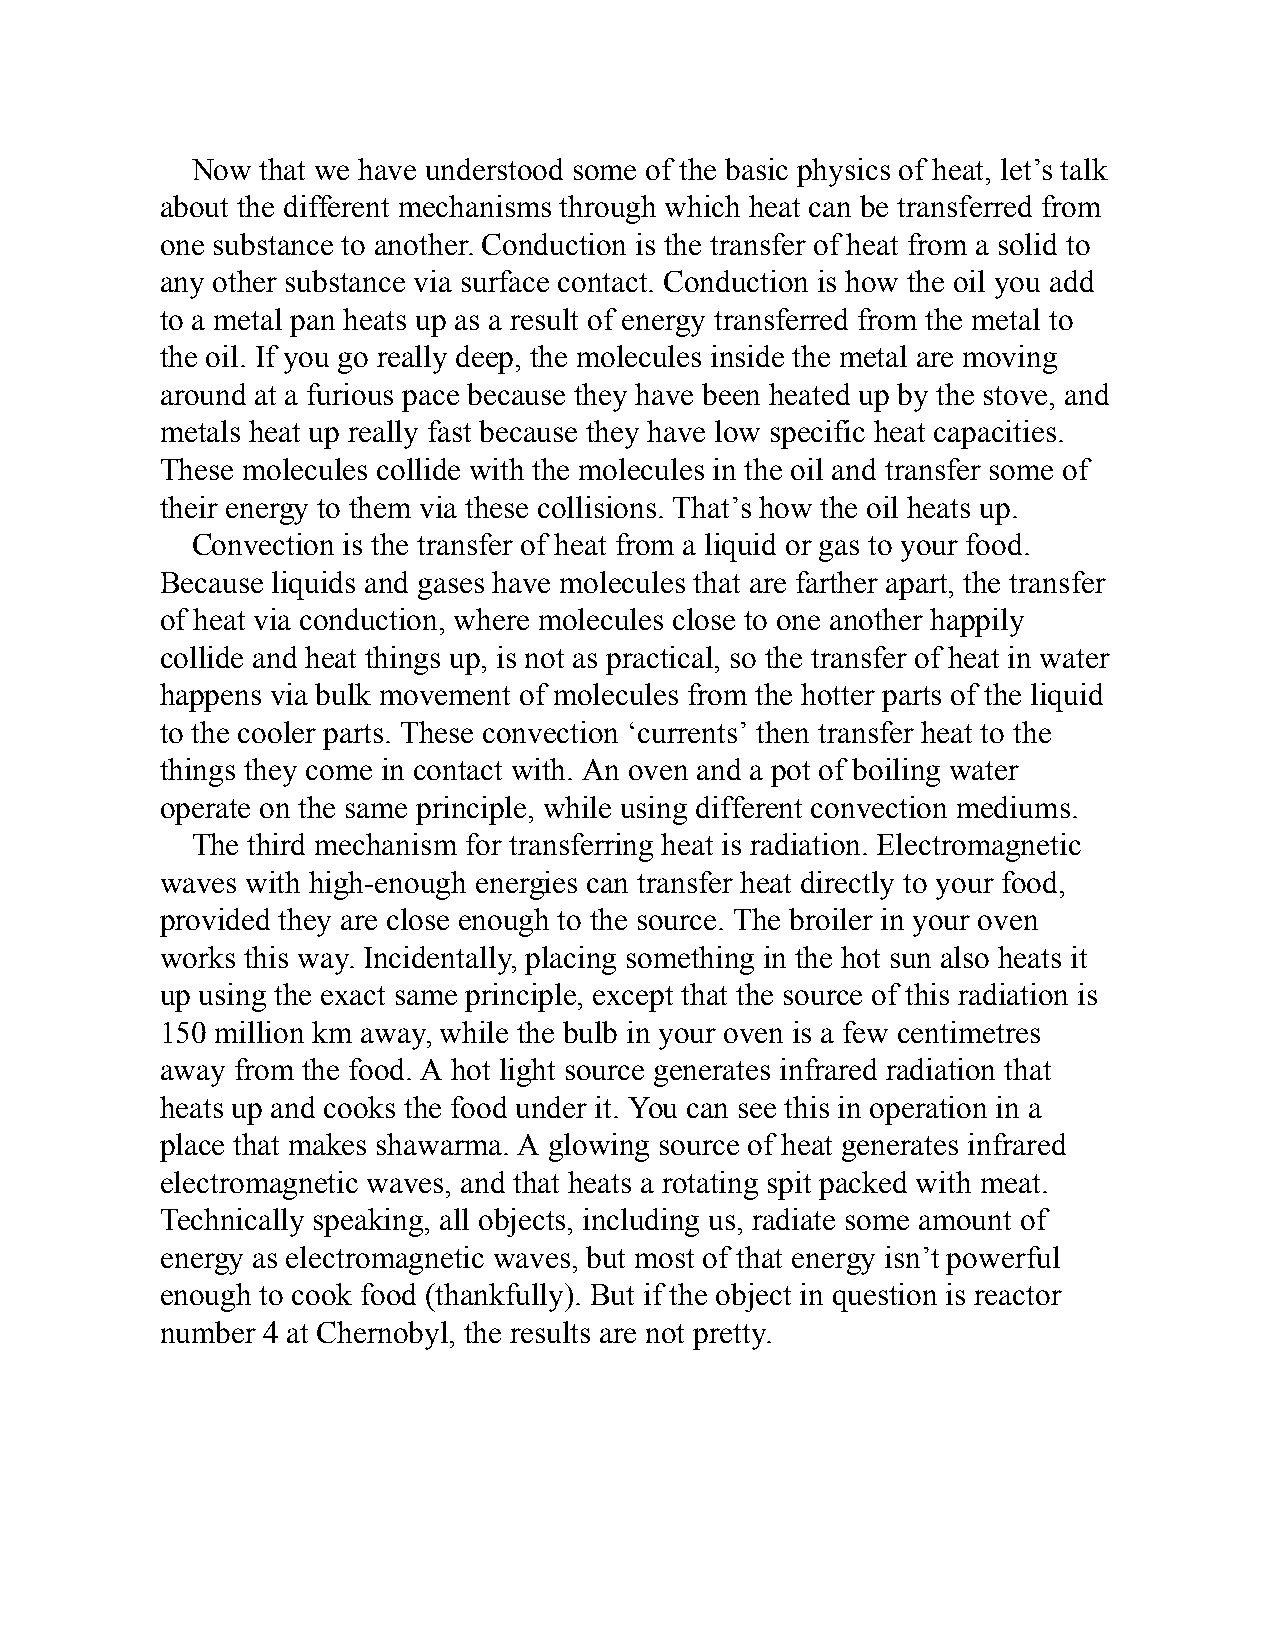
Now that we have understood some of the basic physics of heat, let’s talk
 about the different mechanisms through which heat can be transferred from
 one substance to another. Conduction is the transfer of heat from a solid to
 any other substance via surface contact. Conduction is how the oil you add
 to a metal pan heats up as a result of energy transferred from the metal to
 the oil. If you go really deep, the molecules inside the metal are moving
 around at a furious pace because they have been heated up by the stove, and
 metals heat up really fast because they have low specific heat capacities.
 These molecules collide with the molecules in the oil and transfer some of
 their energy to them via these collisions. That’s how the oil heats up.
 Convection is the transfer of heat from a liquid or gas to your food.
 Because liquids and gases have molecules that are farther apart, the transfer
 of heat via conduction, where molecules close to one another happily
 collide and heat things up, is not as practical, so the transfer of heat in water
 happens via bulk movement of molecules from the hotter parts of the liquid
 to the cooler parts. These convection ‘currents’ then transfer heat to the
 things they come in contact with. An oven and a pot of boiling water
 operate on the same principle, while using different convection mediums.
 The third mechanism for transferring heat is radiation. Electromagnetic
 waves with high-enough energies can transfer heat directly to your food,
 provided they are close enough to the source. The broiler in your oven
 works this way. Incidentally, placing something in the hot sun also heats it
 up using the exact same principle, except that the source of this radiation is
 150 million km away, while the bulb in your oven is a few centimetres
 away from the food. A hot light source generates infrared radiation that
 heats up and cooks the food under it. You can see this in operation in a
 place that makes shawarma. A glowing source of heat generates infrared
 electromagnetic waves, and that heats a rotating spit packed with meat.
 Technically speaking, all objects, including us, radiate some amount of
 energy as electromagnetic waves, but most of that energy isn’t powerful
 enough to cook food (thankfully). But if the object in question is reactor
 number 4 at Chernobyl, the results are not pretty.